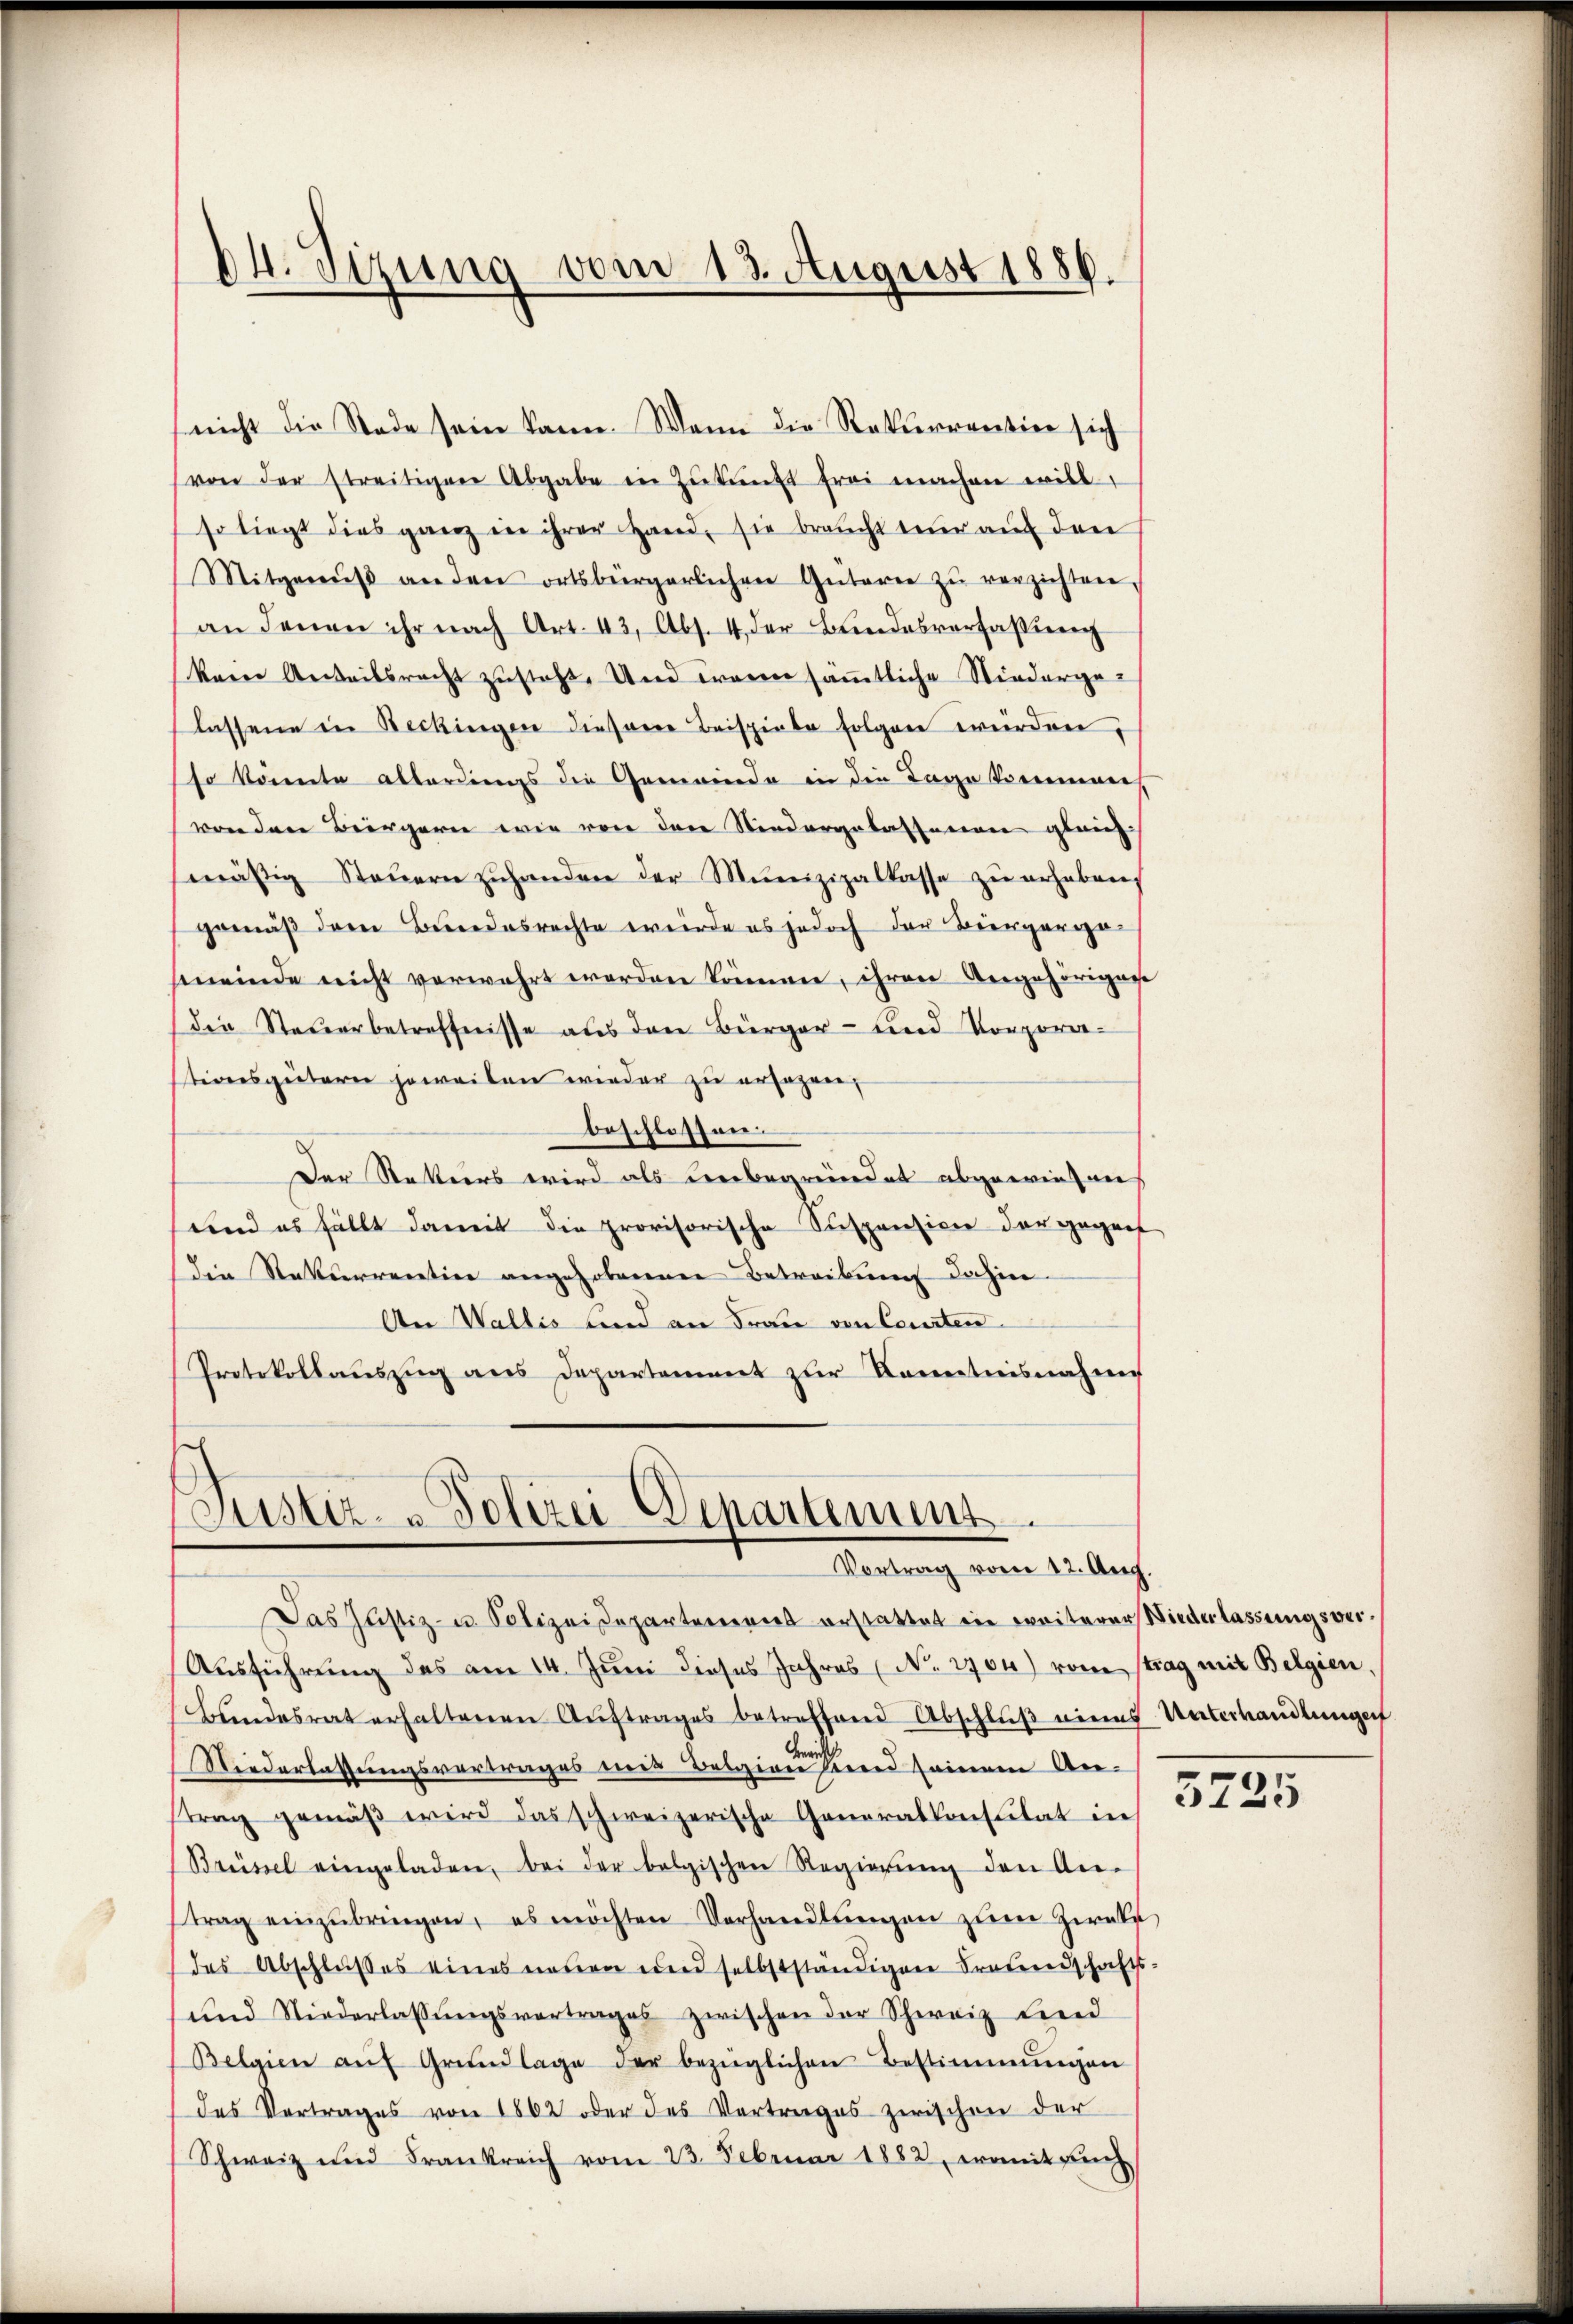
04. Sizung vom 13. August 1886.

nicht die Stade sein kann. Wenn die Rekurrention sich
(von der streitigen Abgabe in Zŭkŭnft frei machen will,
so liegt dies ganz in ihrer Hand, sie braucht nur auf den
Mitgenŭβ an den ortsbürgerlichen Güteren zŭ verzichten.
an denen ihr nach Art. 43, Abs. 4 der Beeidesverfassierech
kein Anteilsrecht zusteht. Und Fragen sämtliche Niedergelassene in Beckingen diesene Beispiele folgen werden,
so könnte allerdings die Gemeinde in die Tage kommener
vor den Bürgern wie von den Niedergelassation gleich
mäsig Steŭern zŭhanden der Munizipalkasse zŭ erhaben,
gemäß dem Bundesrechte würde es jedoch der Biergergemmeinde nicht verwahrt werden können, ihren Angehörigene
Die Steuerbetreffnisse aus den Bürger- und Vorporationsgüterer jeweilen wieder zu erfahren,
beschlossen.
Der Statters wird als unbegründet abgewiesen
und es fällt damit die provisorische Suspension der gegens
Die Rekurrection angehobenenen Betreibung dahin.
An Wallis und an Frau von Courten
Protokollaŭszŭg ans Departement zŭr Kenntnisnahme

Justiz- & Polizei Departenung.
Vortrag vom 12. Aug.

Das Justiz- u. Polizeidepartement erstattet in weiterer Niederlassungsver¬
Ausführung des am 14. Juni dieses Jahres (No. 2704) vom strag mit Belgien,
Bundesrat erhaltenen Aŭftrages betreffend Abschlŭβ eines Unterhandlungen
e
Niederlassungsvertrages und Belgien seid seinem Artrag gemäß wird das schweizerische Generalkonsulat in 3727
Brüssel eingeladen, bei der belgischen Regierŭng den An-
trag einzŭbringen, es möchten Verhandlŭngen zum Zweke,
des Abschlußes eines neuen und selbstständigen Frauerndschafts-
und Niederlassŭngsvortrages zwischen der Schweiz Lied
Belgien aŭf Grŭndlage der bezüglichen Bestimmungen
des Vertrages von 1862 oder des Vertrages zwischen der
Schweiz und Frankreich vom 23. Februar 1882, womit auch